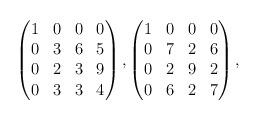
LaTeX: \begin{align*}\begin{pmatrix}1&0&0&0\\0&3&6&5\\0&2&3&9\\0&3&3&4\end{pmatrix}, \begin{pmatrix}1&0&0&0\\0&7&2&6\\0&2&9&2\\0&6&2&7\end{pmatrix},\end{align*}